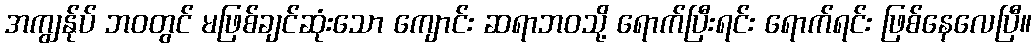
အကျွန်ုပ် ဘဝတွင် မဖြစ်ချင်ဆုံးသော ကျောင်း ဆရာဘဝသို့ ရောက်ပြီးရင်း ရောက်ရင်း ဖြစ်နေလေပြီ။